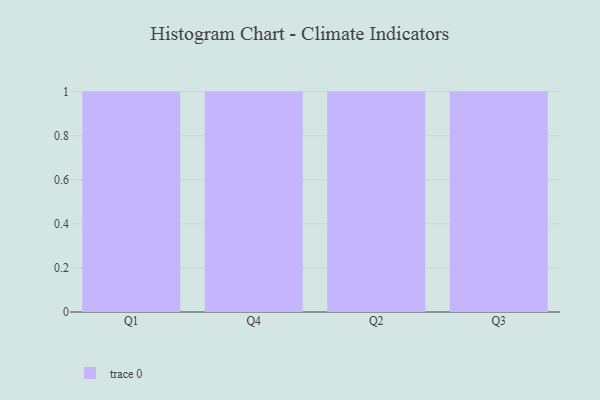
{"axis": {"x": "Quarter", "y": "Churn Rate (%)"}, "legend": [""], "data": [{"x": "Q1", "y": 11, "type": ""}, {"x": "Q4", "y": 26, "type": ""}, {"x": "Q2", "y": 74, "type": ""}, {"x": "Q3", "y": 25, "type": ""}]}